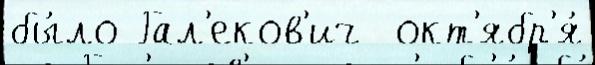
бы́ло Гал'еков'ич  окт'ябр'я́